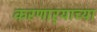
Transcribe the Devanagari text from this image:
करणार्‍याच्या